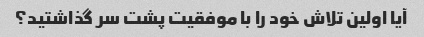
آیا اولین تلاش خود را با موفقیت پشت سر گذاشتید؟